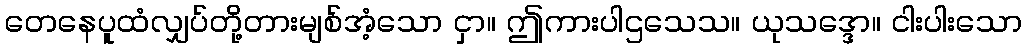
တေနေပူထံလျှပ်တို့တားမျစ်အံ့သော ငှာ။ ဤကားပါဌသေသ။ ယုသဒ္ဒော။ ငါးပါးသော